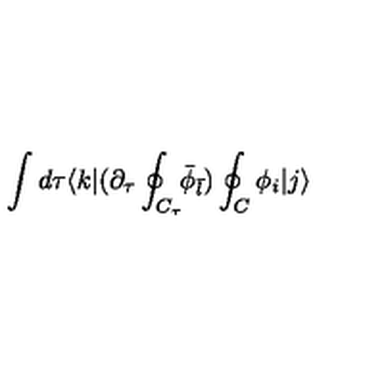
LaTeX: \int d \tau \langle k | ( \partial _ { \tau } \oint _ { C _ { \tau } } \! \! { \bar { \phi } } _ { \bar { l } } ) \oint _ { C } \phi _ { i } | j \rangle